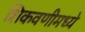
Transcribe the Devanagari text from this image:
शिकवणीमध्ये